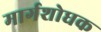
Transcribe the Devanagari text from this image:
मार्गशोधक